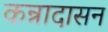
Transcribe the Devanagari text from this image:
कन्नादासन